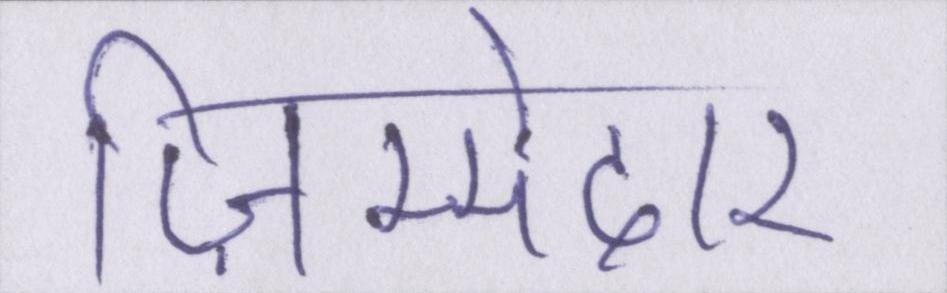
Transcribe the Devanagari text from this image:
ज़िम्मेदार